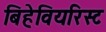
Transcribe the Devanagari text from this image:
बिहेवियरिस्ट